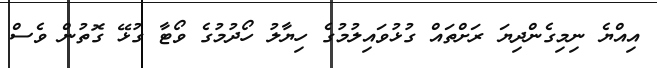
އިއްޔެ ނިމިގެންދިޔަ ރަށްތައް ގުޅުވައިލުމުގެ ހިޔާލު ހޯދުމުގެ ވޯޓާ ގުޅޭ ގޮތުން ވެސް